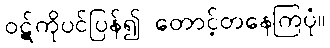
ဝဋ်ကိုပင်ပြန်၍ တောင့်တနေကြပုံ။